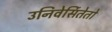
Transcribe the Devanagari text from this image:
उनिवेर्सितेतो